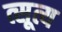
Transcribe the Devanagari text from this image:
त्सूत्य